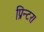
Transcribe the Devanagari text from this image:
प्रिन्टर।